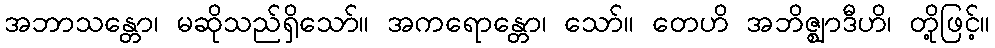
အဘာသန္တော၊ မဆိုသည်ရှိသော်။ အကရောန္တော၊ သော်။ တေဟိ အဘိဇ္ဈာဒီဟိ၊ တို့ဖြင့်။